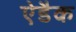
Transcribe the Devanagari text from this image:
ऐडैक